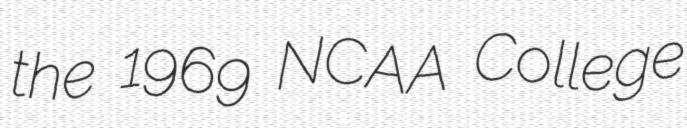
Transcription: the 1969 NCAA College